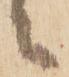
ニ